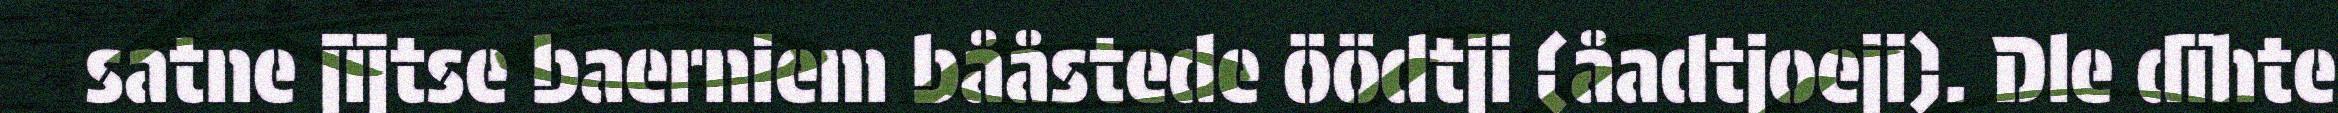
satne jïjtse baerniem bååstede öödtji (åadtjoeji). Dle dïhte